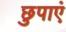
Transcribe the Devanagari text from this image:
छुपाएं